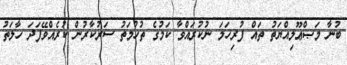
ބުނާ މަޞްޢޫލިއްޔަތު ތައް ފުރިހަމަ ނުކުރައްވާ ކަމުގެ ތުހުމަތު ސަރުކާރުން ކުރެއްވޭފަދަ ހާލަތު